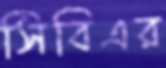
সিবিএর